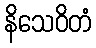
နိသေဝိတံ